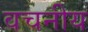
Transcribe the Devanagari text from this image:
वचनीय